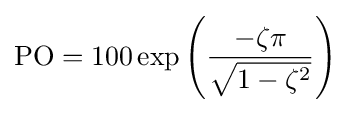
\mathrm {PO} =100\exp \left({\frac {-\zeta \pi }{\sqrt {1-\zeta ^{2}}}}\right)